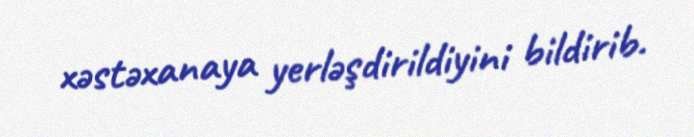
xəstəxanaya yerləşdirildiyini bildirib.